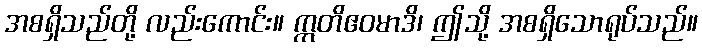
အစရှိသည်တို့ လည်းကောင်း။ ဣတိဧဝမာဒိ၊ ဤသို့ အစရှိသောရုပ်သည်။